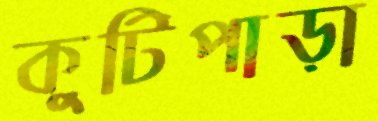
কুটিপাড়া